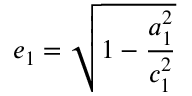
e _ { 1 } = \displaystyle \sqrt { 1 - \frac { a _ { 1 } ^ { 2 } } { c _ { 1 } ^ { 2 } } }